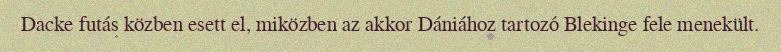
Dacke futás közben esett el, miközben az akkor Dániához tartozó Blekinge fele menekült.